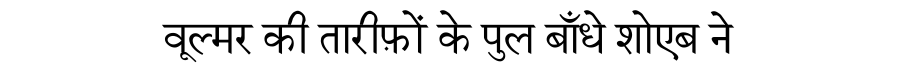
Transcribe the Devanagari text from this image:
वूल्मर की तारीफ़ों के पुल बाँधे शोएब ने